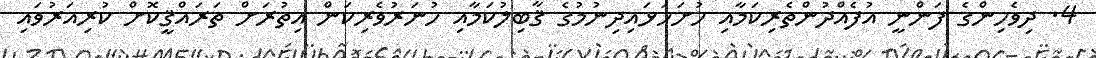
4. ދިވެހިންގެ ފަންނީ އުފެއްދުންތެރިކަމާއި ހުށަހަޅައިދިނުމުގެ ޤާބިލުކަމާއި ހުނަރުވެރިކަން އިތުރަށް ތަރައްޤީކޮށް ކުރިއަރުވައި